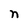
Character: n